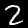
Label: 2